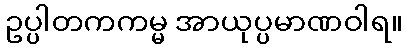
ဥပ္ပါတကကမ္မ အာယုပ္ပမာဏဝါရ။